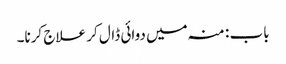
باب : منہ میں دوائی ڈال کر علاج کرنا۔